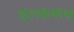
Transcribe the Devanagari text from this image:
इंटरफेयरेंस